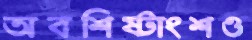
অবশিষ্টাংশও